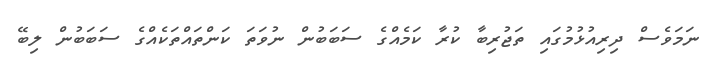
ނަމަވެސް ދިރިއުޅުމުގައި ތަޖުރިބާ ކުރާ ކަމެއްގެ ސަބަބުން ނުވަތަ ކަންތައްތަކެއްގެ ސަބަބުން ލިބޭ